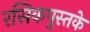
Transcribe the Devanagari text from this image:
रसिकपुस्तके